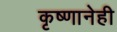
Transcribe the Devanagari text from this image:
कृष्णानेही